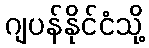
ဂျပန်နိုင်ငံသို့